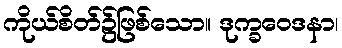
ကိုယ်စိတ်၌ဖြစ်သော။ ဒုက္ခဝေဒနာ၊